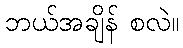
ဘယ်အချိန် စလဲ။